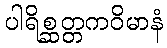
ပါရိစ္ဆတ္တကဝိမာနံ